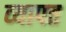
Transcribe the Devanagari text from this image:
व्‍यापत